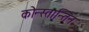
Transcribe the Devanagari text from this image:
कोन्स्तान्तिन